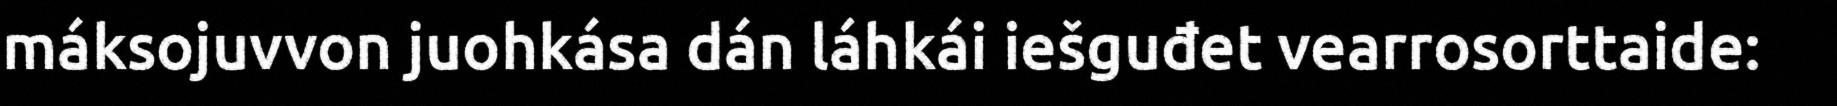
máksojuvvon juohkása dán láhkái iešguđet vearrosorttaide: